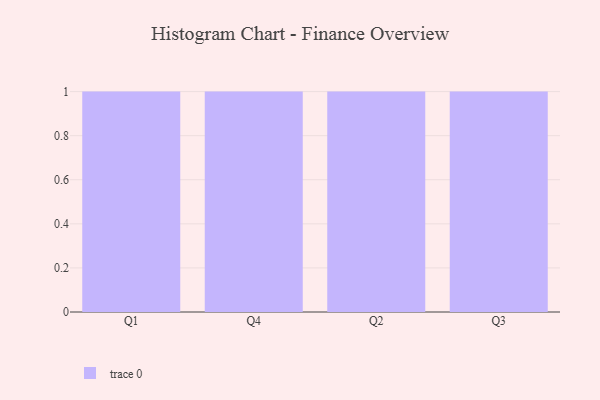
{"axis": {"x": "Quarter", "y": "Active Users"}, "legend": [""], "data": [{"x": "Q1", "y": 7, "type": ""}, {"x": "Q4", "y": 35, "type": ""}, {"x": "Q2", "y": 82, "type": ""}, {"x": "Q3", "y": 62, "type": ""}]}